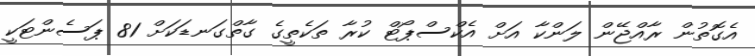
އެގޮތުން ރާއްޖޭން ލަންކާ އަށް އެކްސްޕޯޓް ކުރާ ތަކެތީގެ ގާތްގަނޑަކަށް 81 ޕަސެންޓަކީ